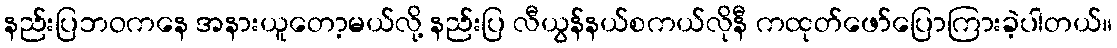
နည်းပြဘဝကနေ အနားယူတော့မယ်လို့ နည်းပြ လီယွန်နယ်စကယ်လိုနီ ကထုတ်ဖော်ပြောကြားခဲ့ပါတယ်။